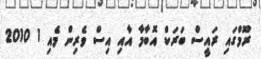
ރޫމްގައި ރައީސް ބަރަކް އޮބާމާ އާއި އިސް ވެރިން މެއި 1 2010